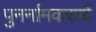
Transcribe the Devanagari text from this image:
पुनर्नामकरणों